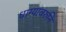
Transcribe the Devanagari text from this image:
धाग्यावरुनि